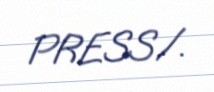
PRESS/.